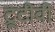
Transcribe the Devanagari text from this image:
ट्रूटीवी